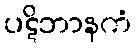
ပဋိဘာနကံ